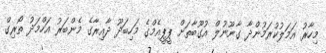
މިހާރު އަމަލުކުރަމުންދާ ގާނޫނުލް އުގޫބާތަށް ޕީޕީއެމްގެ މަހިބަދޫ ދާއިރާގެ މެންބަރު އަހްމަދު ތޯރިގް